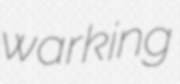
warking